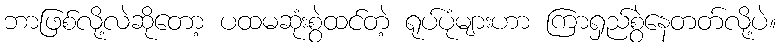
ဘာဖြစ်လို့လဲဆိုတော့ ပထမဆုံးစွဲထင်တဲ့ ရုပ်ပုံများဟာ ကြာရှည်စွဲနေတတ်လို့ပဲ။